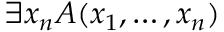
\exists x _ { n } A ( x _ { 1 } , \ldots , x _ { n } )